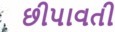
છીપાવતી